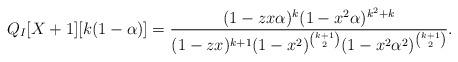
LaTeX: \begin{align*}Q_{I}[X+1][k(1-\alpha)]=\frac{(1-zx\alpha)^{k}(1-x^{2}\alpha)^{k^{2}+k}}{(1-zx)^{k+1}(1-x^{2})^{{k+1 \choose 2}}(1-x^{2}\alpha^{2})^{{k+1 \choose 2}}}.\end{align*}